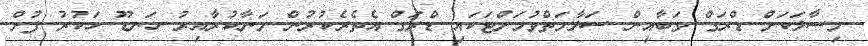
މިސާލަކަށް ޑްރަގް ވަބާއިން ސަލާމަތްވުމަށްޓަކައި ޑްރަގް އެތެރެކުރުން މަނާކުރާއިރު ހަނޑޫ ހަކުރު ފުށް